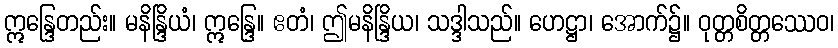
ဣန္ဒြေတည်း။ မနိန္ဒြိယံ၊ ဣန္ဒြေ။ ဧတံ၊ ဤမနိန္ဒြိယ၊ သဒ္ဒါသည်။ ဟေဋ္ဌာ၊ အောက်၌။ ဝုတ္တစိတ္တဿေဝ၊